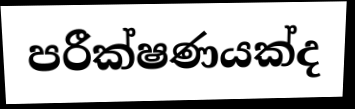
පරීක්ෂණයක්ද